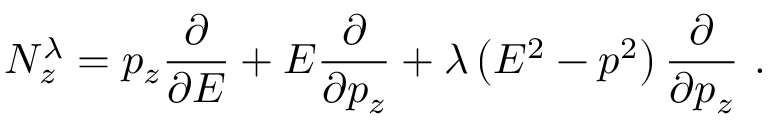
N _ { z } ^ { \lambda } = p _ { z } { \frac { \partial } { \partial E } } + E { \frac { \partial } { \partial p _ { z } } } + \lambda \left( E ^ { 2 } - p ^ { 2 } \right) { \frac { \partial } { \partial p _ { z } } } ~ .